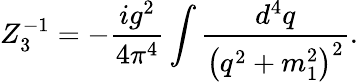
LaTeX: Z_{3}^{-1}=-\frac{ig^{2}}{4\pi^{4}}\int\frac{d^{4}q}{\left(q^{2}+m_{1}^{2}\right)^{2}}.